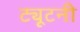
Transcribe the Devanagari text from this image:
ट्यूटनी